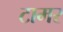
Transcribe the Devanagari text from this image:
टामर